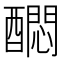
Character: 𲆻